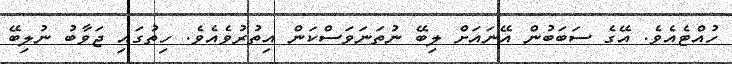
ހުއްޓެއެވެ. އޭގެ ސަބަބުން އޭނައަށް ލިބޭ ނުތަނަވަސްކަން އިތުރުވެއެވެ. ހިތުގައި ޖަވާބު ނުލިބޭ